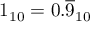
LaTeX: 1 _ { 1 0 } = 0 . { \overline { { 9 } } } _ { 1 0 } \qquad